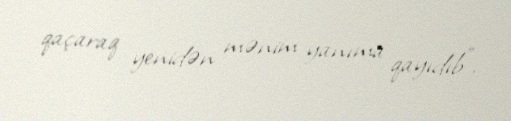
qaçaraq yenidən mənim yanıma qayıdıb".